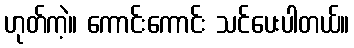
ဟုတ်ကဲ့။ ကောင်းကောင်း သင်ပေးပါတယ်။